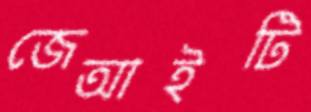
জেআইটি